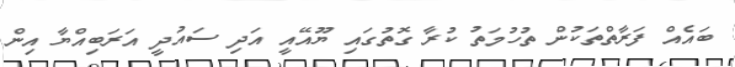
ބައެއް ފަރާތްތަކުން ތުހުމަތު ކުރާ ގޮތުގައި ޔޫއޭއީ އަދި ސައުދީ އަރަބިއްޔާ އިން